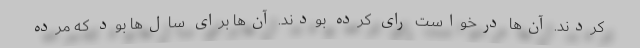
کردند. آن‌ها درخواست رای کرده بودند. آن‌ها برای سال‌ها بود که مرده